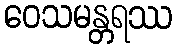
ဝေသမန္တရဿ